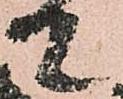
て